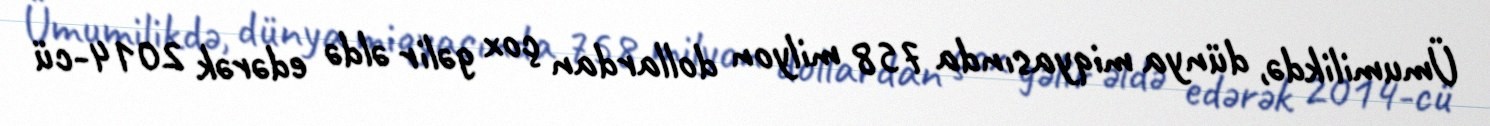
Ümumilikdə, dünya miqyasında 758 milyon dollardan çox gəlir əldə edərək 2014-cü